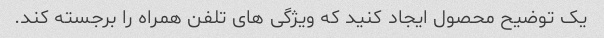
یک توضیح محصول ایجاد کنید که ویژگی های تلفن همراه را برجسته کند.